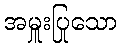
အမှူးပြုသော